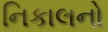
નિકાલનો